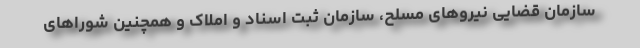
سازمان قضایی نیروهای مسلح، سازمان ثبت اسناد و املاک و همچنین شوراهای